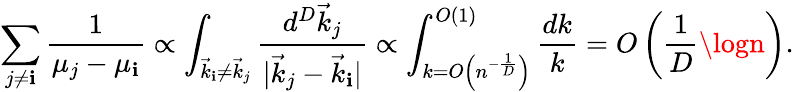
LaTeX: \sum_{j\neq\mathbf{i}}\frac{{1}}{{\mu_{j}-\mu_{\mathbf{i}}}}\propto\int_{\vec{{k}}_{\mathbf{i}}\neq\vec{{k}}_{j}}\frac{{d^{D}\vec{{k}}_{j}}}{{\vert\vec{{k}}_{j}-\vec{{k}}_{\mathbf{i}}\vert}}\propto\int_{k=O\left(n^{-\frac{1}{D}}\right)}^{O(1)}\frac{{dk}}{{k}}=O\left(\frac{1}{D}\logn\right).